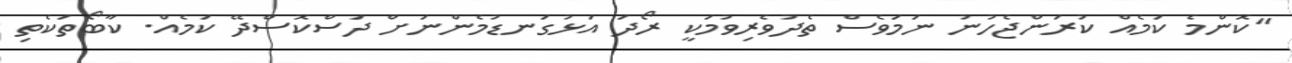
"ކޮންމެ ކަމެއް ކުރަންޖެހުނު ނަމަވެސް ތެދުވެރިވުމަކީ ރޯދަ އަޅުގަނޑުމެންނަށް ދަސްކޮސްދޭ ކަމެއް. ކާބޯތަކެތި